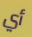
أي